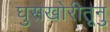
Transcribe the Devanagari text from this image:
घुसखोरीतूनु